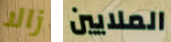
زالا الملايين